Scottish Leaving Certificate Examination, 1958
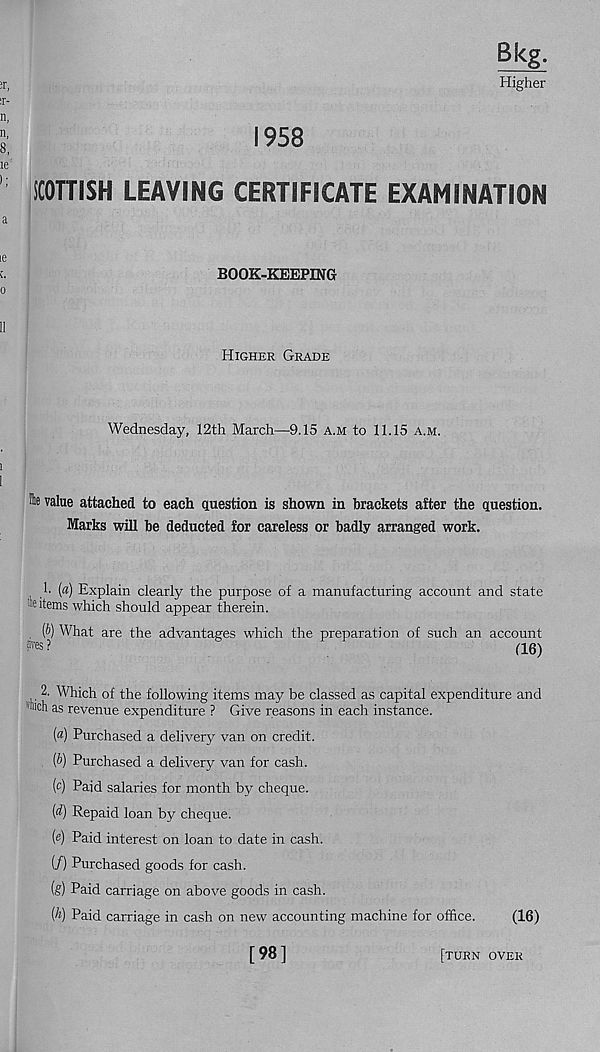
1958
Bkg.
Higher
SCOTTISH LEAVING CERTIFICATE EXAMINATION
BOOK-KEEPING
Higher Grade
Wednesday, 12th March—9.15 a.m to 11.15 a.m.
fte value attached to each question is shown in brackets after the question.
Marks will be deducted for careless or badly arranged work.
1. [a) Explain clearly the purpose of a manufacturing account and state
■e items which should appear therein.
(&) What are the advantages which the preparation of such an account
?res?
(16)
2. Which of the following items may be classed as capital expenditure and
'hich as revenue expenditure ? Give reasons in each instance.
(a) Purchased a delivery van on credit.
(&) Purchased a delivery van for cash.
(c) Paid salaries for month by cheque.
(d) Repaid loan by cheque.
(«) Paid interest on loan to date in cash.
(/) Purchased goods for cash.
fe) Paid carriage on above goods in cash.
(h) Paid carriage in cash on new accounting machine for office.
(16)
[98]
[turn over